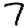
Digit: 7